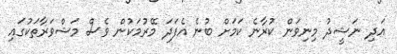
އަދި ނަޝީދު މިނިވަން ކުރާނެ ކަމަށް ބުނެ އެފަދަ މޭރުމަކުން ވެސް މަޝްވަރާތަކުގައި